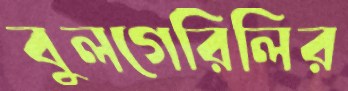
বুলগেরিলির